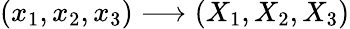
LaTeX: (x_{1},x_{2},x_{3})\longrightarrow(X_{1},X_{2},X_{3})